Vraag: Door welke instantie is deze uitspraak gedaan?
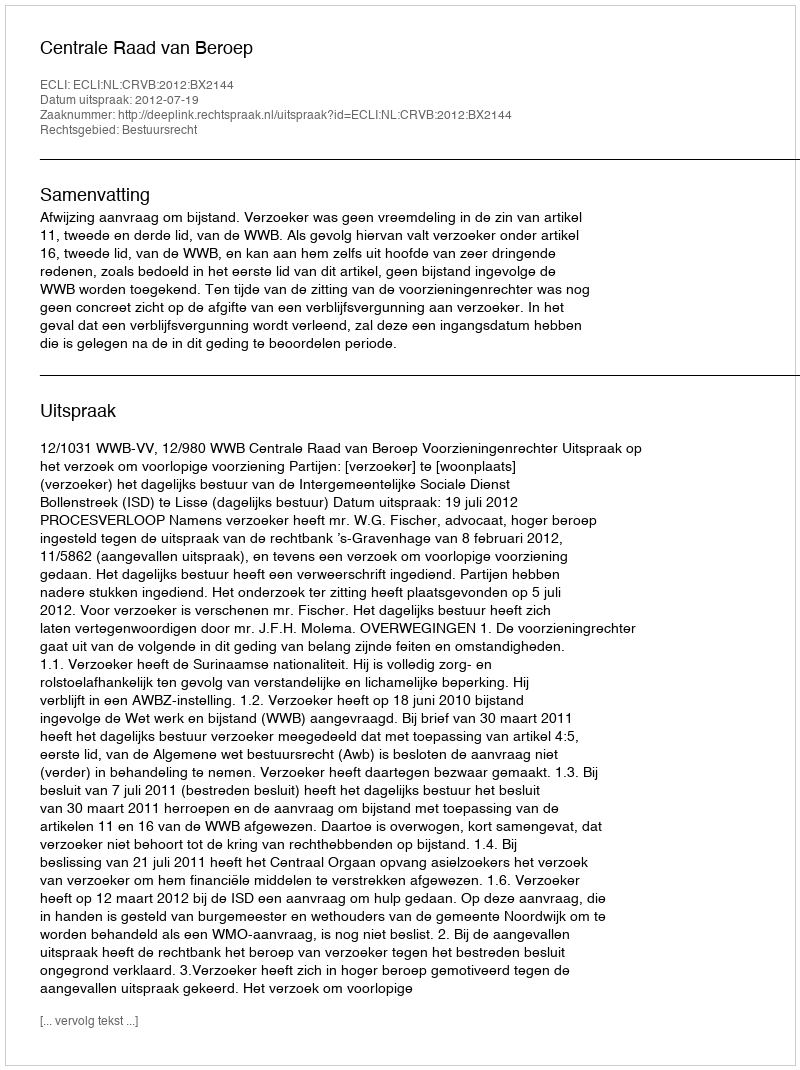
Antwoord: Centrale Raad van Beroep